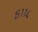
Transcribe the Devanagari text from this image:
५११४